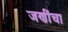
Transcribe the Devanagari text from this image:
जणींचा